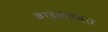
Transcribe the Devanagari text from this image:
बाइकसवार